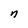
Character: n